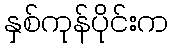
နှစ်ကုန်ပိုင်းက